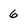
Character: 6